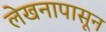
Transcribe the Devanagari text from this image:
लेखनापासून